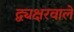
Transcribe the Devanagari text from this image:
द्व्यक्षरवाले